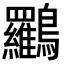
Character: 𪈰